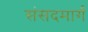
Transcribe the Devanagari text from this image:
संसदमार्ग